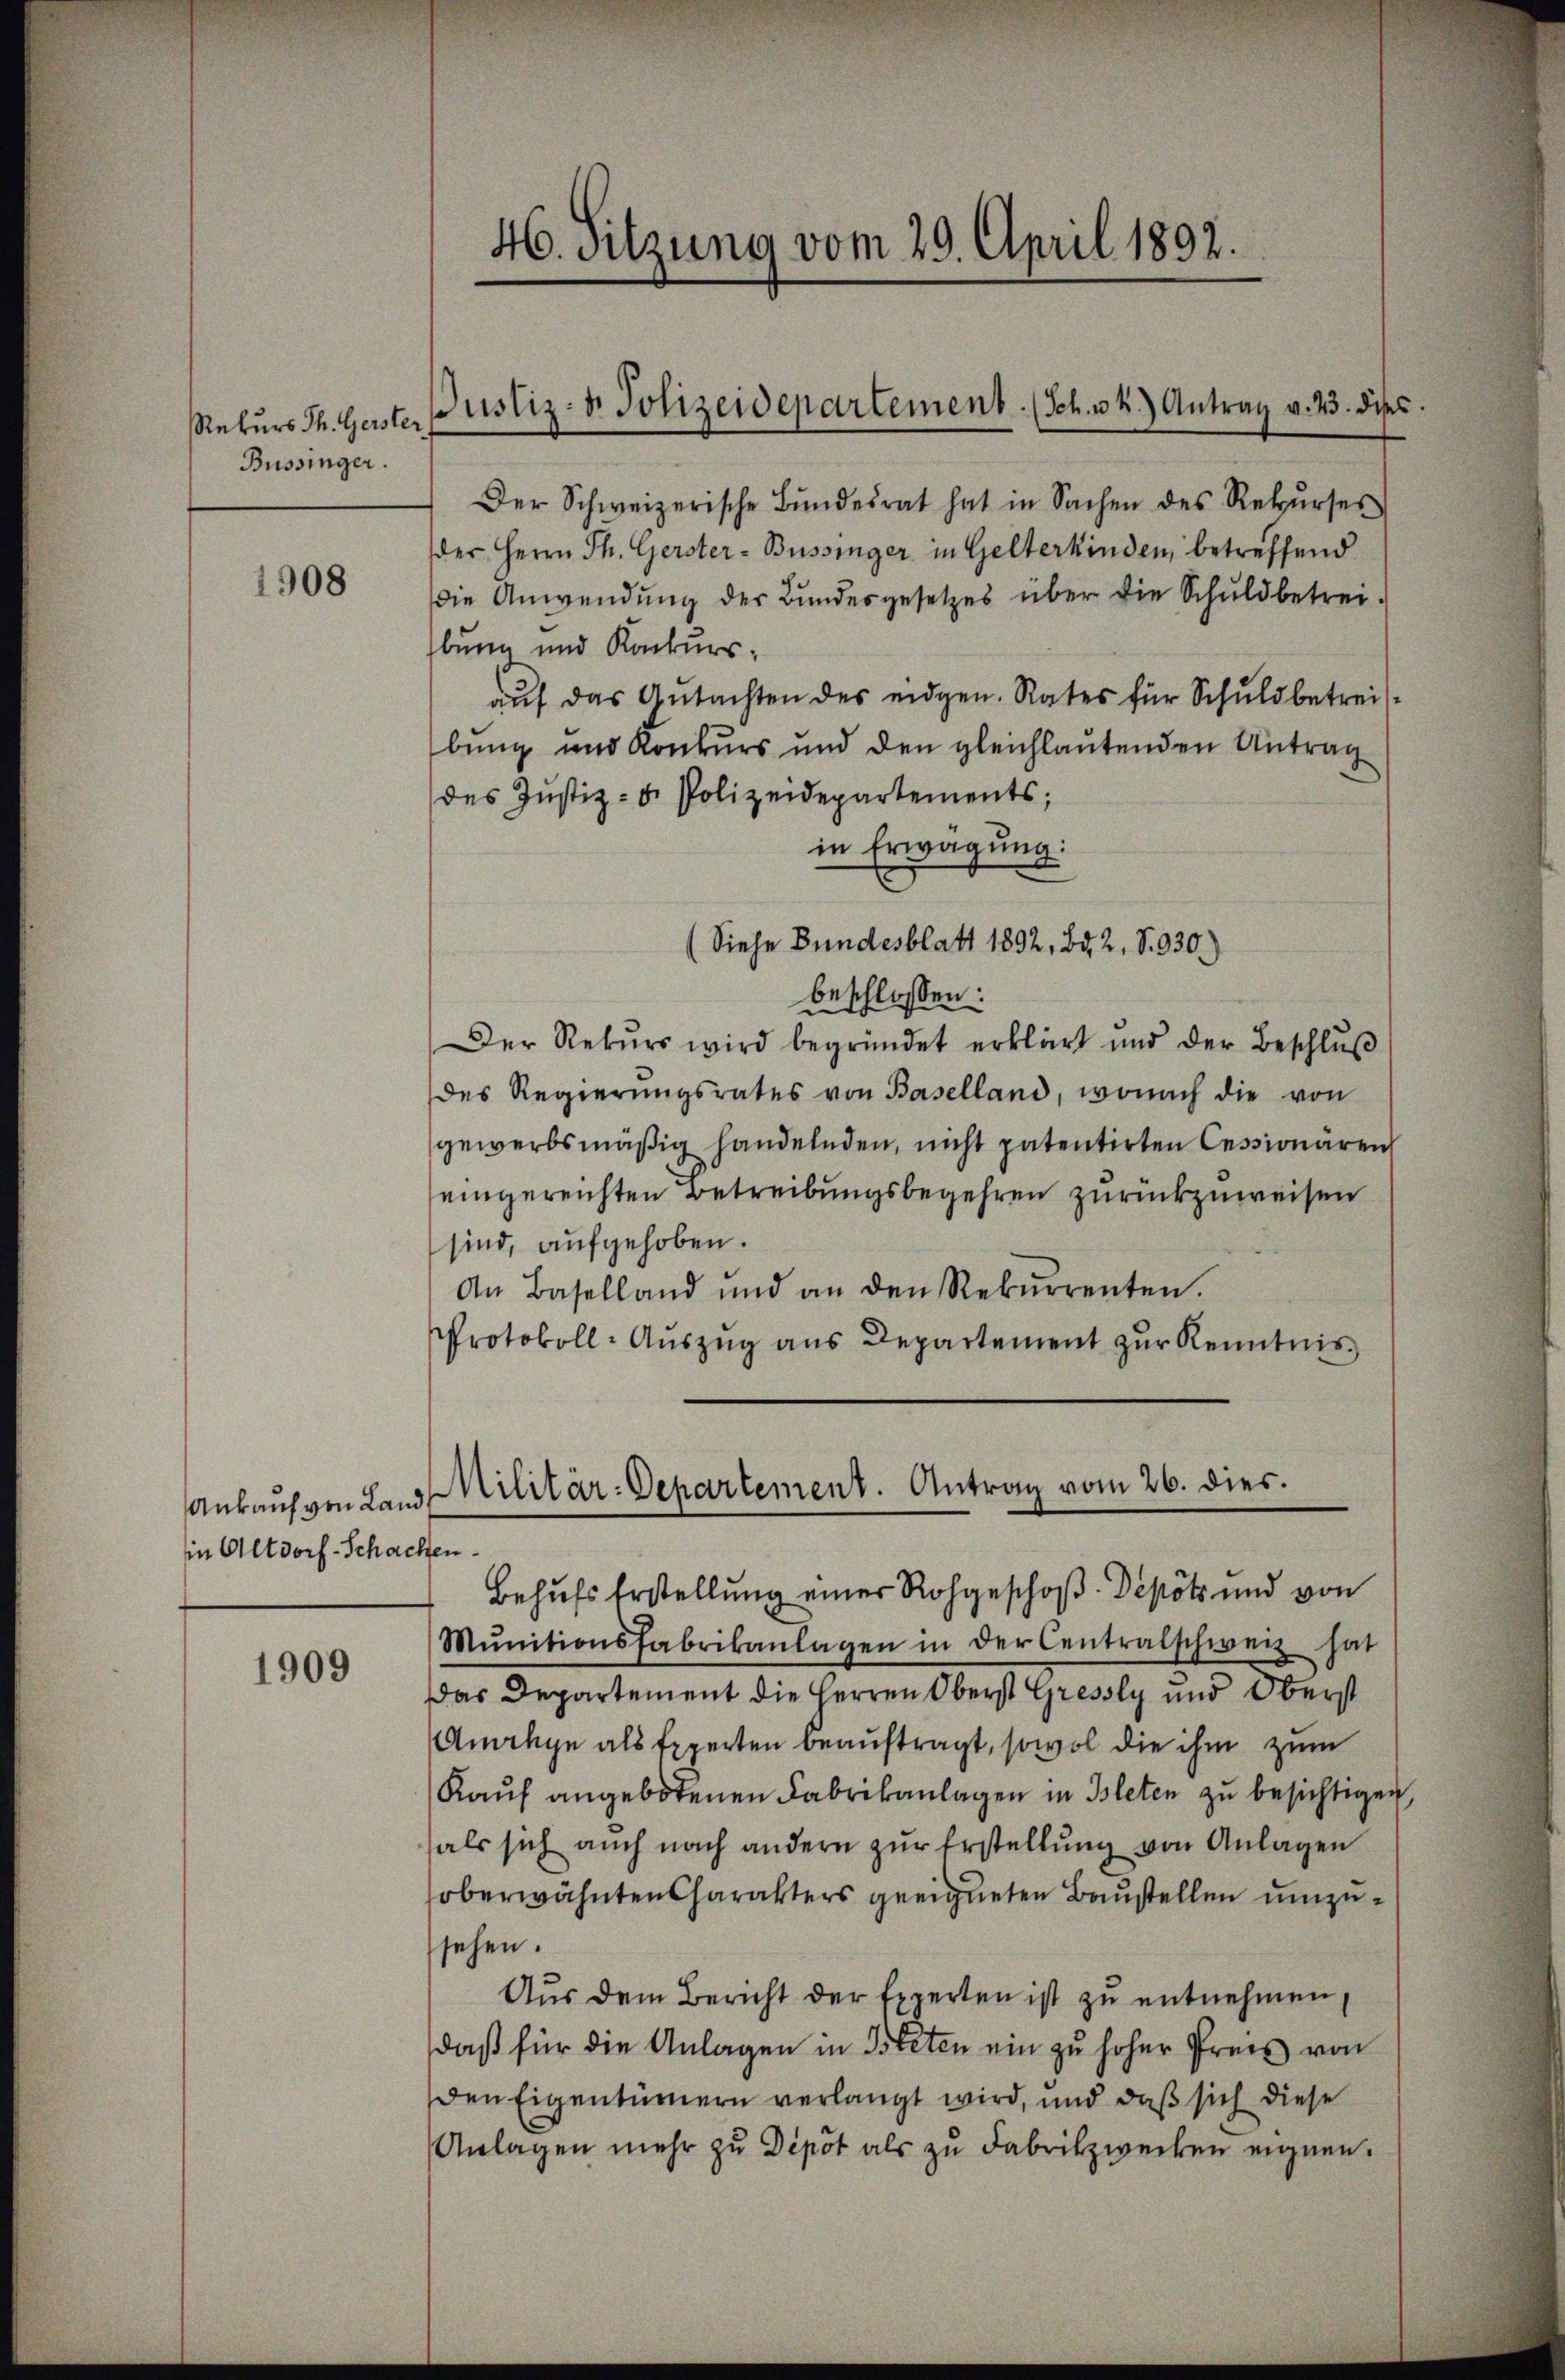
Rekurs Th. Gerster,
Büssinger.

1908

in Altdorf-Schachen.

1909

46. Sitzung vom 29. April 1892.

Justiz- & Polizeidepartement. (Sch. 34.) Antrag v. 23. dies

Der Schweizerische Bŭndesrat hat in Sachen des Rekŭrses
der Herrn Th. Gerster-Büssinger in Gelterkinden, betreffend
die Anwendung der Bundesgesetzes über die Schuldbetreibung und Konkursauf das Gutachten des eidgen. Rates für Schuldbetreifbung und Konkurs und den gleichlautenden Antrag
des Justiz- u. Polizeidepartements;
in Erwägung:
(Siehe Bundesblatt 1892, Bd. 2, S. 330.)
eschlossen:
Der Rekŭrs wird begründet erklärt und der Beschlŭβ
des Regierŭngsrates von Baselland, wonach die von
gewerbsmäßig handelnden, nicht patentirten Cessionären,
eingereichten Betreibungsbegehren zurückzuweisen
sind, aufgehoben.
An Baselland und an den Rekŭrrenten.
Protokoll-Auszug aus Departement zur Kenntnis
Behufs Erstellung einer Rohgeschoß-Depot und von
Mŭnitionsfabrikanlagen in der Centralschweiz hat
Das Departement die Herren Oberst Gressly und Oberst
Anange als Experten beauftragt, sowol die ihm zum
Kauf angebotenen Fabrikanlagen in Bleten zu besichtigen,
hals sich auch nach andern zŭr Erstellŭng von Anlagen
oberwähnten Charakters geeigneten Baustellen umzusehen.
Aus dem Bericht der Experten ist zu entnehmen,
daß für die Anlagen in Bieten ein zu hoher Preis von
den Eigentümern verlangt wird, und daß sich diese
Anlagen mehr zu Depot als zu Fabrikzwecken eignen.

Ankauf von Land Militär-Departement. Antrag vom 26. dies